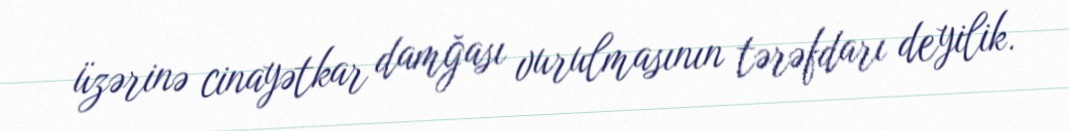
üzərinə cinayətkar damğası vurulmasının tərəfdarı deyilik.